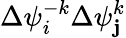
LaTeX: \Delta{{\psi}_{i}^{-k}}\Delta{\psi}_{\mathbf{j}}^{k}